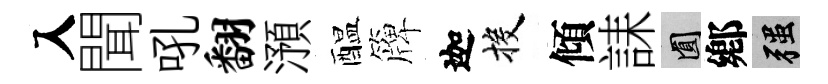
入聞吼翻澦醖簰迦投傾誄圓鄕强